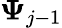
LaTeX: \boldsymbol{\Psi}_{j-1}